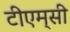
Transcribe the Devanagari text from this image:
टीएम्‌सी